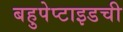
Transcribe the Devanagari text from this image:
बहुपेप्टाइडची